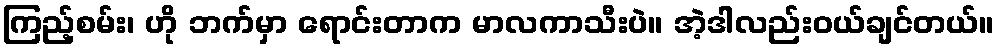
ကြည့်စမ်း၊ ဟို ဘက်မှာ ရောင်းတာက မာလကာသီးပဲ။ အဲ့ဒါလည်းဝယ်ချင်တယ်။